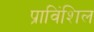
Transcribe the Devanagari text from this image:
प्राविंशिल